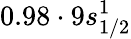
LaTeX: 0.98\cdot 9s_{1/2}^{1}